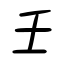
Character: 壬